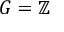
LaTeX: G = \mathbb { Z }